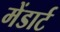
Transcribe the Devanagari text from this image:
मेंडार्ट